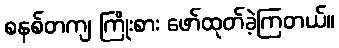
စနစ်တကျ ကြိုးစား ဖော်ထုတ်ခဲ့ကြတယ်။